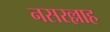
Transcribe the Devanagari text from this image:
नसरल्लाह